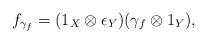
LaTeX: \begin{gather*}f_{\gamma_f}=(1_X\otimes \epsilon_Y) (\gamma_f \otimes 1_Y),\end{gather*}